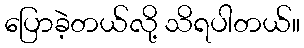
ပြောခဲ့တယ်လို့ သိရပါတယ်။